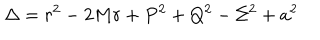
LaTeX: \Delta = r ^ { 2 } - 2 M r + P ^ { 2 } + Q ^ { 2 } - \Sigma ^ { 2 } + a ^ { 2 }